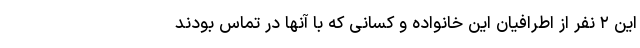
این ۲ نفر از اطرافیان این خانواده و کسانی که با آنها در تماس بودند